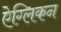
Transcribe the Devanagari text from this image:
ऐग्लिकन